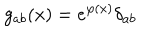
g _ { a b } ( x ) = e ^ { \varphi ( x ) } \delta _ { a b }